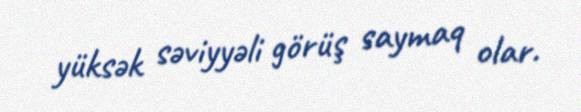
yüksək səviyyəli görüş saymaq olar.